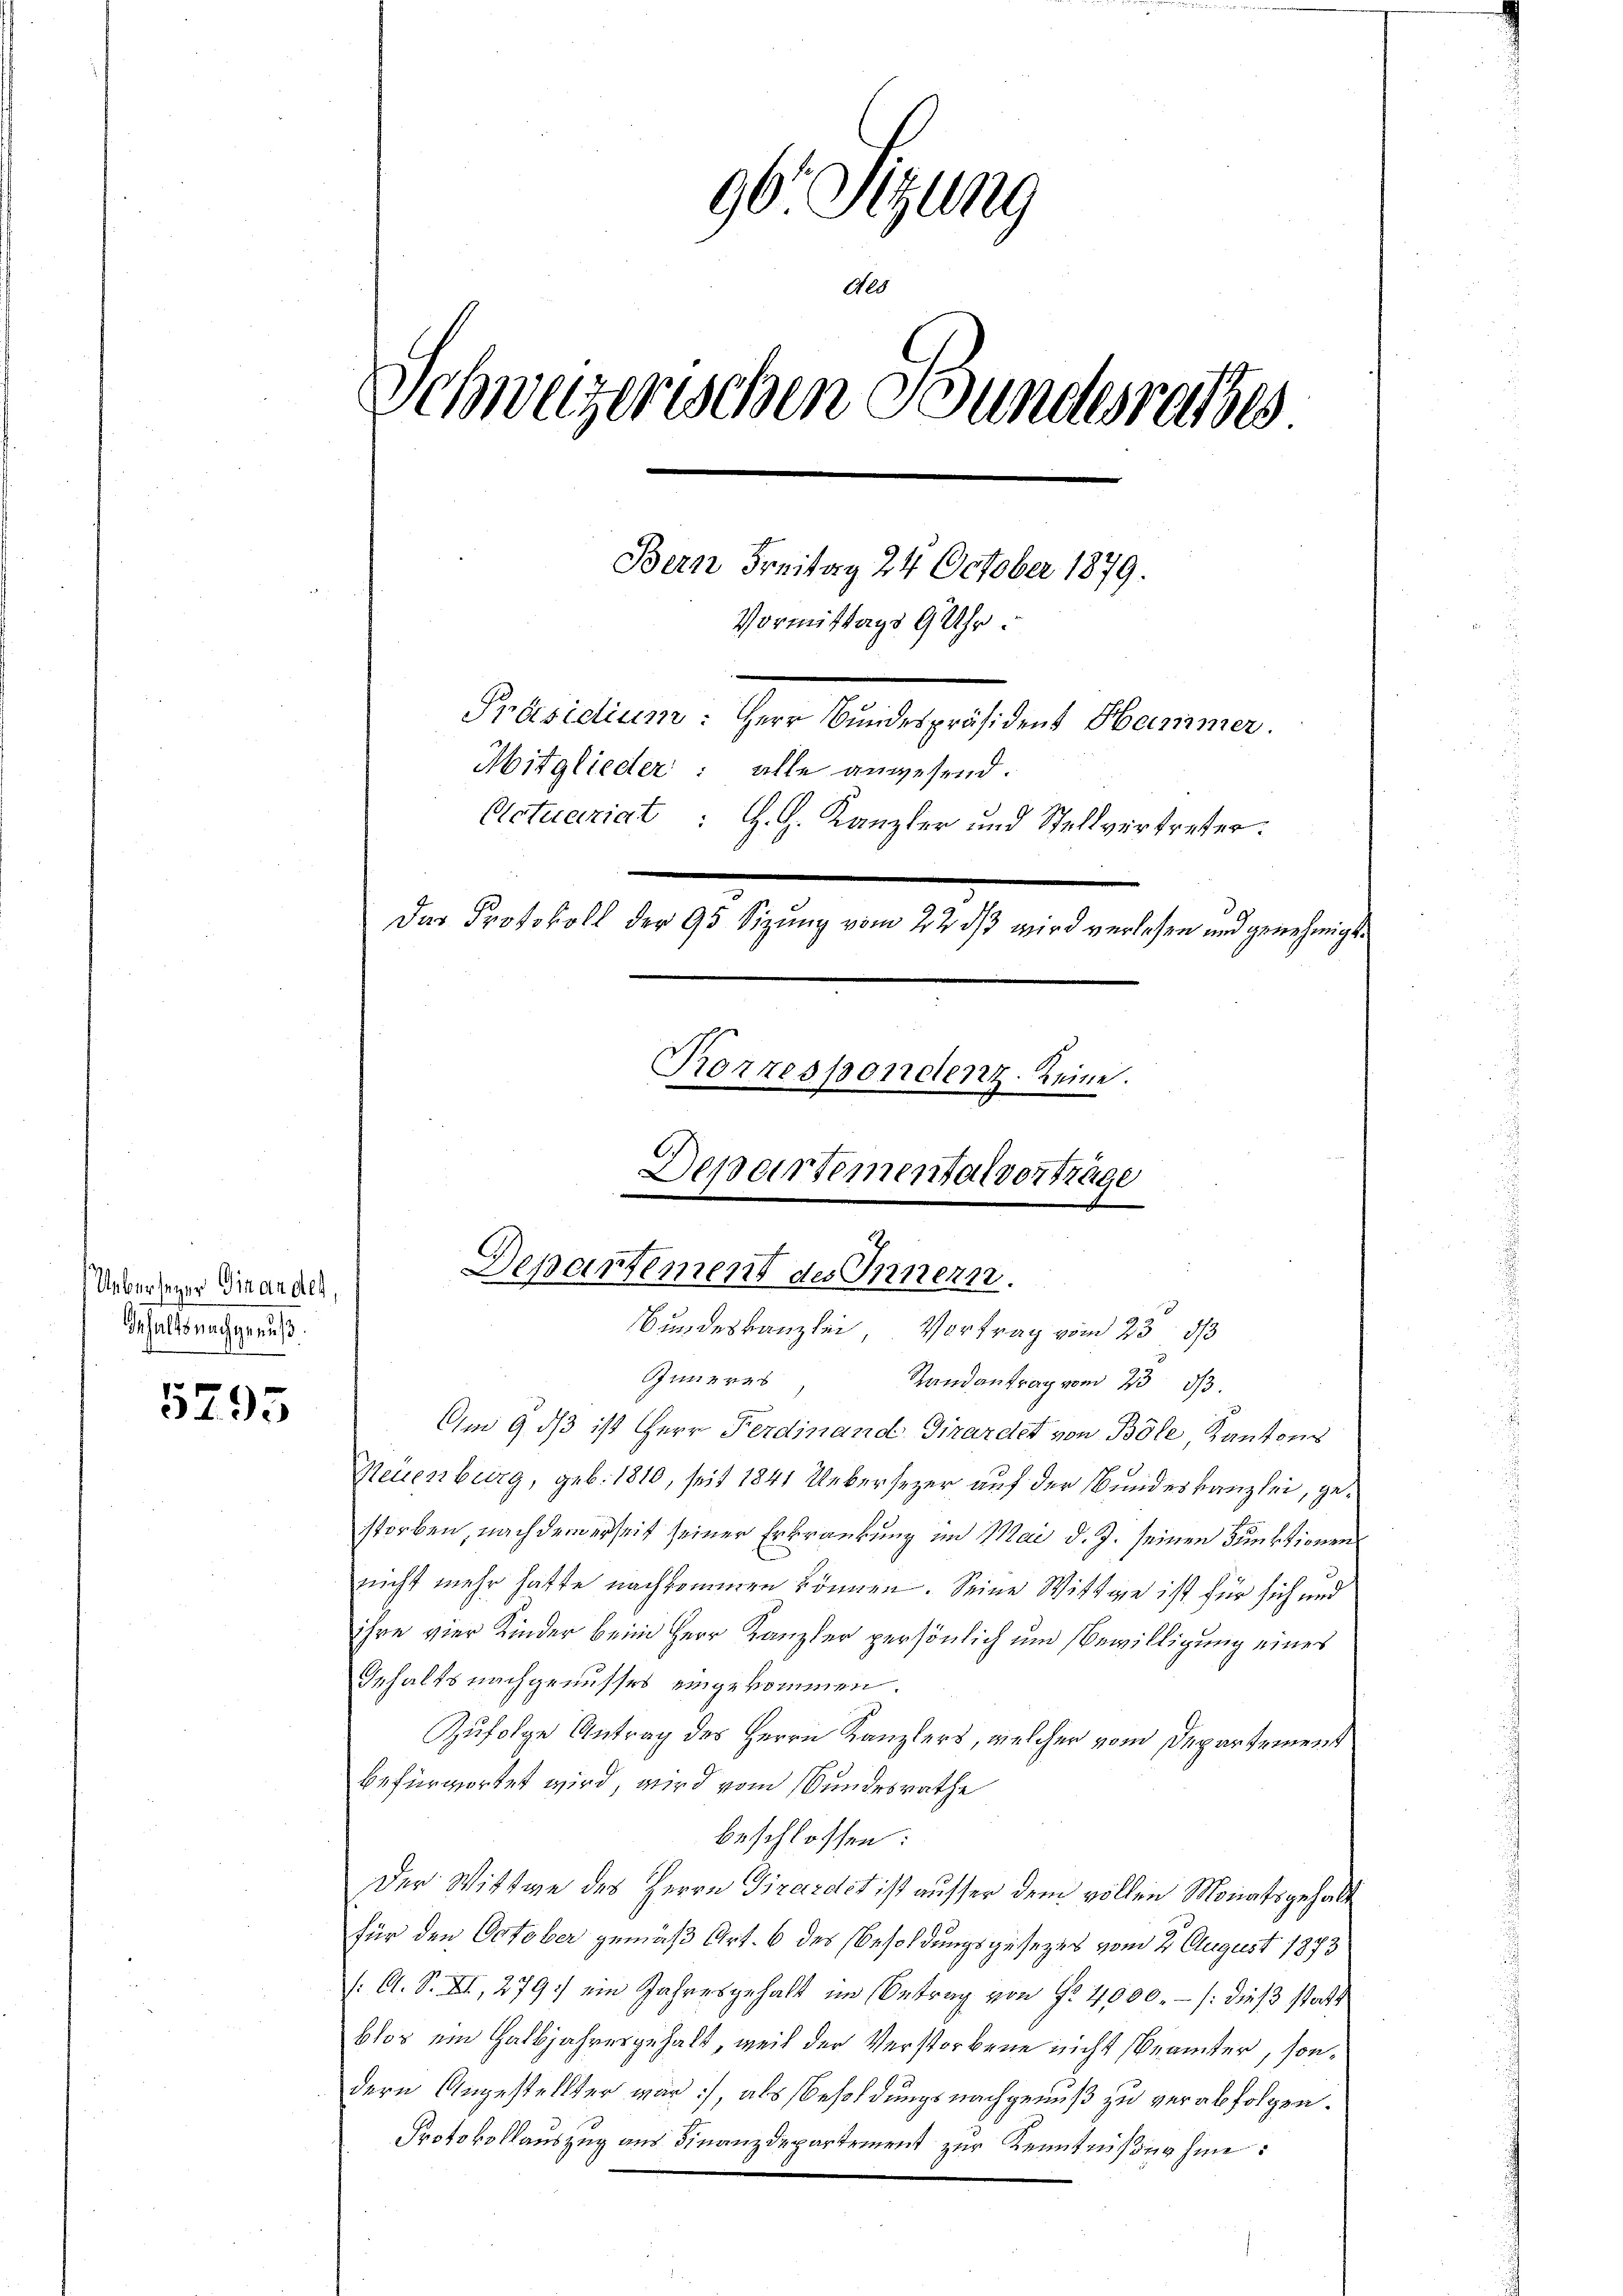
Ueberseyer Finander,
Inhalts nachgenuß.

5795

96. Sitzung
Aes
s
Schwurgerischen Stundesrathes.
Bern Freitag 24. October 1879.
Vormittags 9 Uhr.
Präsidium: Herr Bundespräsident Hammer
Mitglieder: alle anwesend.
Actuariat : H. H. Kanzler und Stellvertreter:
Das Protokoll der 95 Sizung vom 22 dß wird verlesen und genehmigt.
Korrespondenz. Reine.
Departementalvertrage

Departement des Innern.
Bundeskanzlei Vortrag vom 23. 813

Inneres
Randantrag vom 23. d.
Am 9. dβ ist Herr Ferdinand Girardet von Böle, Kantons
Neuenburg, geb. 1810, seit 1841 Uebersezer, auf der Bundeskanzlei, gestorben, nach dem erseit seiner Erkrankung im Mai d. J. seinen Funktionen
nicht mehr hatte nachkommen können. Seine Wittwe ist für sich und
ihre vier Kinder beim Herr Kanzler persönlich um Bewilligung eines
Inhalts nachgenusses eingekommen.
Zufolge Antrag des Herrn Kanzlers, welcher vom Departement
befürwortet wird, wird vom Bundesrathe
beschlossen:
Der Wittwe des Herrn Girardst ist ausser dem vollen Monatsgehalt
für den October gemäß Art. 6 des Besoldungsgesezes vom 2. August 1873
/: A. S. XI, 279) ein Jahresgehalt im Betrag von Fr. 4000.- (: dieß statt
blos ein Halbjahresgehalt, weil der Verstorbene nicht (Beämter, sondern Angestellter war, als Besoldungsnachgenuß zu verabfolgen.
Protokollauszug aus Finanzdepartement zur Kenntnißen hine: